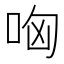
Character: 哅